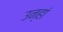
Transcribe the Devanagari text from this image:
उन्हां